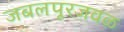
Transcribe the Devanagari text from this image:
जबलपूरजवळ